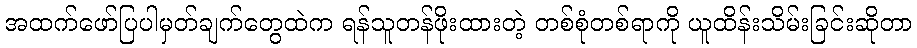
အထက်ဖော်ပြပါမှတ်ချက်တွေထဲက ရန်သူတန်ဖိုးထားတဲ့ တစ်စုံတစ်ရာကို ယူထိန်းသိမ်းခြင်းဆိုတာ